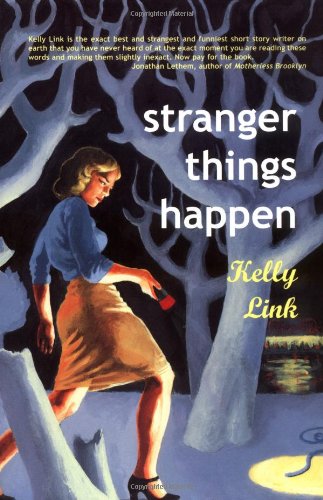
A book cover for Stranger Things Happen: Stories; Kelly Link; Science Fiction & Fantasy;